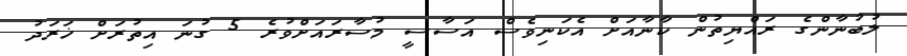
ލުބުނާންގެ ރައްޔިތުން ކާނާއަށް އެކަނިވެސް އަސާސީ މުސާރައަށްވުރެ 5 ގުނަ އިތުރަށް ޚަރަދު